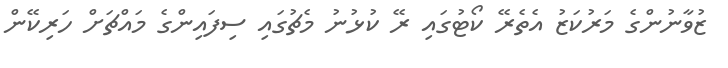
ޒުވާނުންގެ މަރުކަޒު އެތެރޭ ކޯޓުގައި ރޭ ކުޅުނު މެޗުގައި ސިފައިންގެ މައްޗަށް ހަރިކޭން